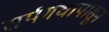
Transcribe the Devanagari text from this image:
सर्पगंधापासून